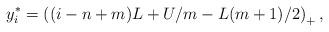
LaTeX: \begin{align*} y^*_i=\left((i-n+m)L+U/m-L(m+1)/2\right)_+, \end{align*}